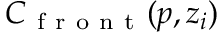
C _ { \mathrm { ~ f ~ r ~ o ~ n ~ t ~ } } ( p , z _ { i } )